Vaccination in Bombay 1863-1868 - 1863-1868
Year: 1863
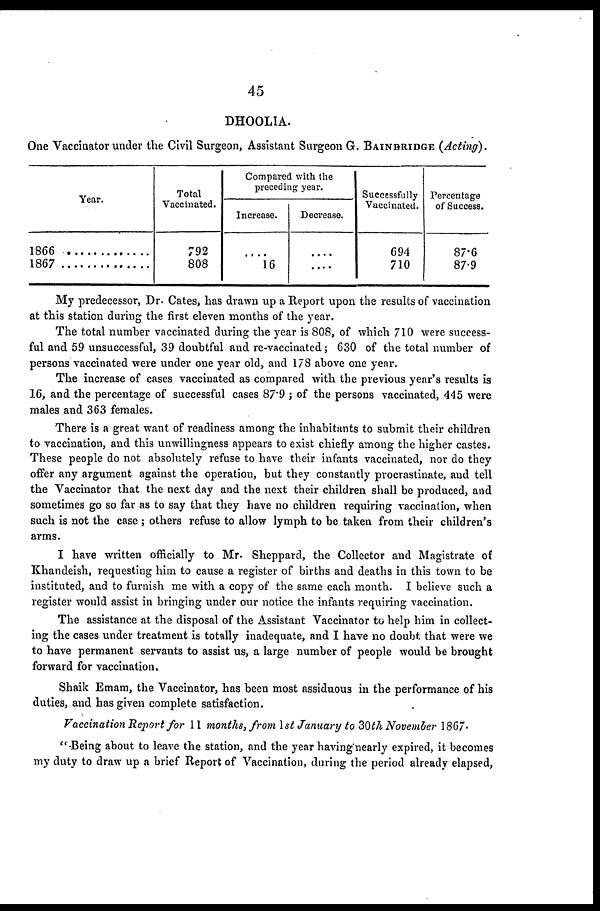
45
DHOOLIA.
One Vaccinator under the Civil Surgeon, Assistant Surgeon G. BAINBRIDGE (Acting).
Year.
1866 ...............
1867 ...............
Total
Vaccinated.
792
808
Compared with the
preceding year.
Increase.
....
16
Decrease.
....
....
Successfully
Vaccinated.
694
710
Percentage
of Success.
87.6
87.9
My predecessor, Dr. Cates, has drawn up a Report upon the results of vaccination
at this station during the first eleven months of the year.
The total number vaccinated during the year is 808, of which 710 were success-
ful and 59 unsuccessful, 39 doubtful and re-vaccinated; 630 of the total number of
persons vaccinated were under one year old, and 178 above one year.
The increase of cases vaccinated as compared with the previous year's results is
16, and the percentage of successful cases 87.9 ; of the persons vaccinated, 445 were
males and 363 females.
There is a great want of readiness among the inhabitants to submit their children
to vaccination, and this unwillingness appears to exist chiefly among the higher castes.
These people do not absolutely refuse to have their infants vaccinated, nor do they
offer any argument against the operation, but they constantly procrastinate, and tell
the Vaccinator that the next day and the next their children shall be produced, and
sometimes go so far as to say that they have no children requiring vaccination, when
such is not the case ; others refuse to allow lymph to be taken from their children's
arms.
I have written officially to Mr. Sheppard, the Collector and Magistrate of
Khandeish, requesting him to cause a register of births and deaths in this town to be
instituted, and to furnish me with a copy of the same each month. I believe such a
register would assist in bringing under our notice the infants requiring vaccination.
The assistance at the disposal of the Assistant Vaccinator to help him in collect-
ing the cases under treatment is totally inadequate, and I have no doubt that were we
to have permanent servants to assist us, a large number of people would be brought
forward for vaccination.
Shaik Emam, the Vaccinator, has been most assiduous in the performance of his
duties, and has given complete satisfaction.
Vaccination Report for 11 months, from 1st January to 30th November 1867.
"Being about to leave the station, and the year having nearly expired, it becomes
my duty to draw up a brief Report of Vaccination, during the period already elapsed,